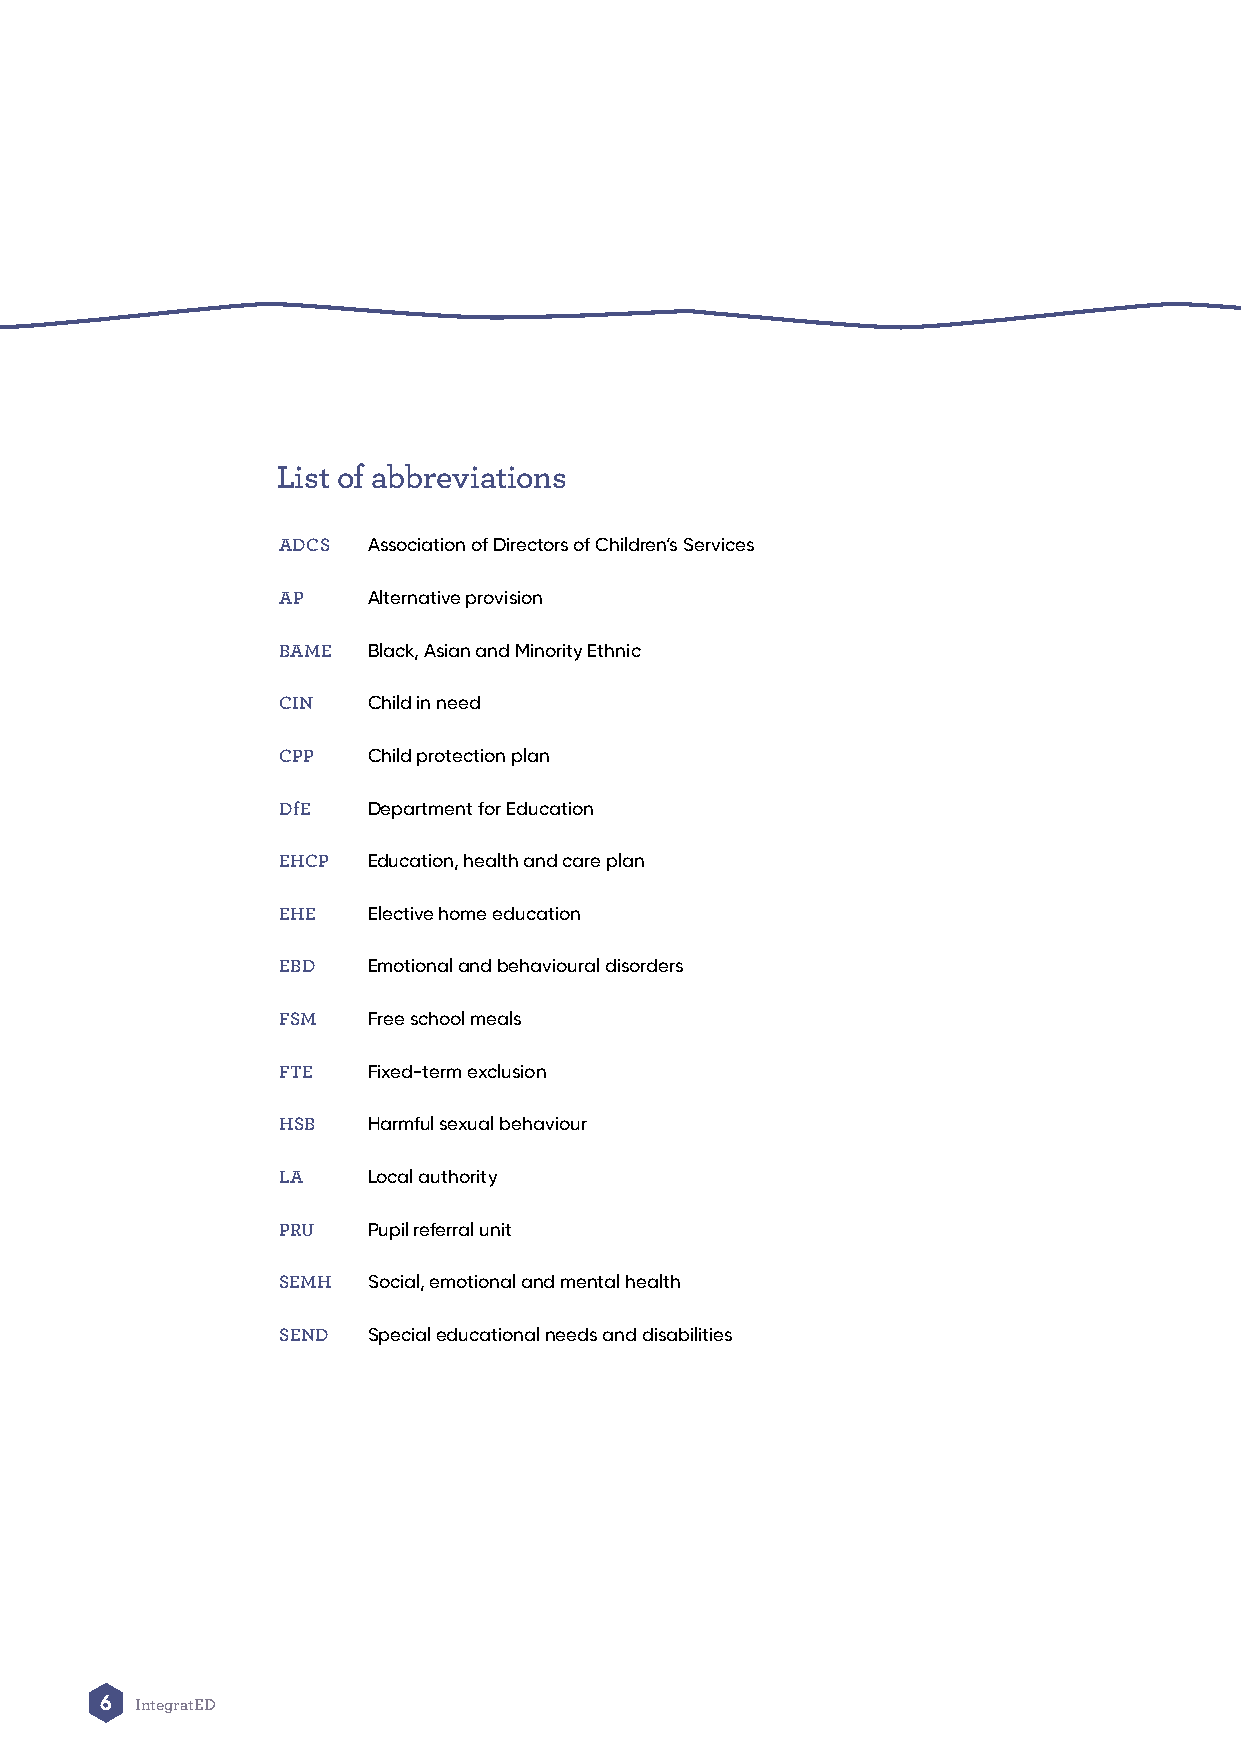
List of abbreviations
 ADCS  Association of Directors of Children’s Services
 AP    Alternative provision
 BAME  Black, Asian and Minority Ethnic
 CIN   Child in need
 CPP   Child protection plan
 DfE   Department for Education
 EHCP  Education, health and care plan
 EHE   Elective home education
 EBD   Emotional and behavioural disorders
 FSM   Free school meals
 FTE   Fixed-term exclusion
 HSB   Harmful sexual behaviour
 LA    Local authority
 PRU   Pupil referral unit
 SEMH  Social, emotional and mental health
 SEND  Special educational needs and disabilities
 6 IntegratED